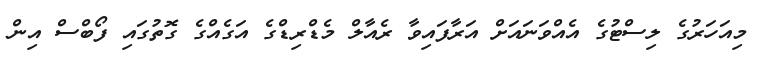
މިއަހަރުގެ ލިސްޓުގެ އެއްވަނައަށް އަރާފައިވާ ރެއާލް މެޑްރިޑްގެ އަގެއްގެ ގޮތުގައި ފޯބްސް އިން